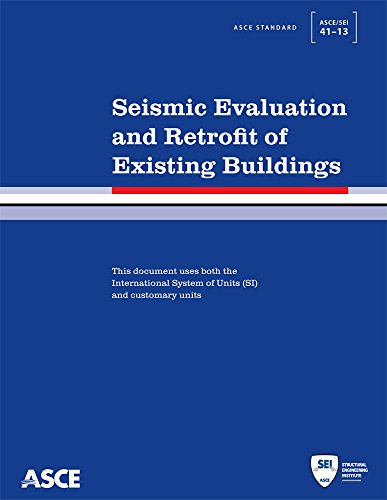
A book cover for Seismic Evaluation and Retrofit of Existing Buildings: ASCE/SEI 41-13 (Standard) (Asce Standard); American Society of Civil Engineers; Science & Math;